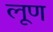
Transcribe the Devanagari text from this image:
लूण